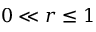
0 \ll r \leq 1